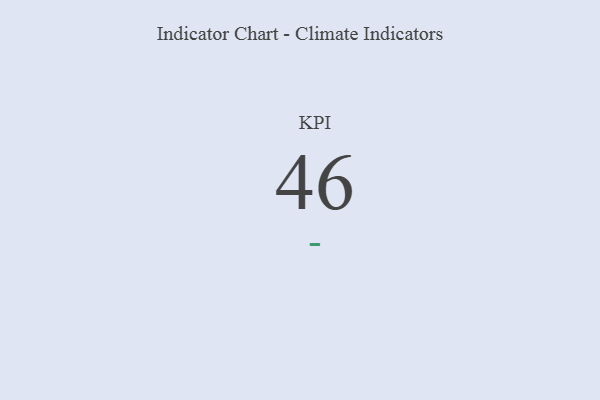
{"axis": {"x": "KPI", "y": "Value"}, "legend": [""], "data": [{"x": "KPI", "y": 46, "type": ""}]}